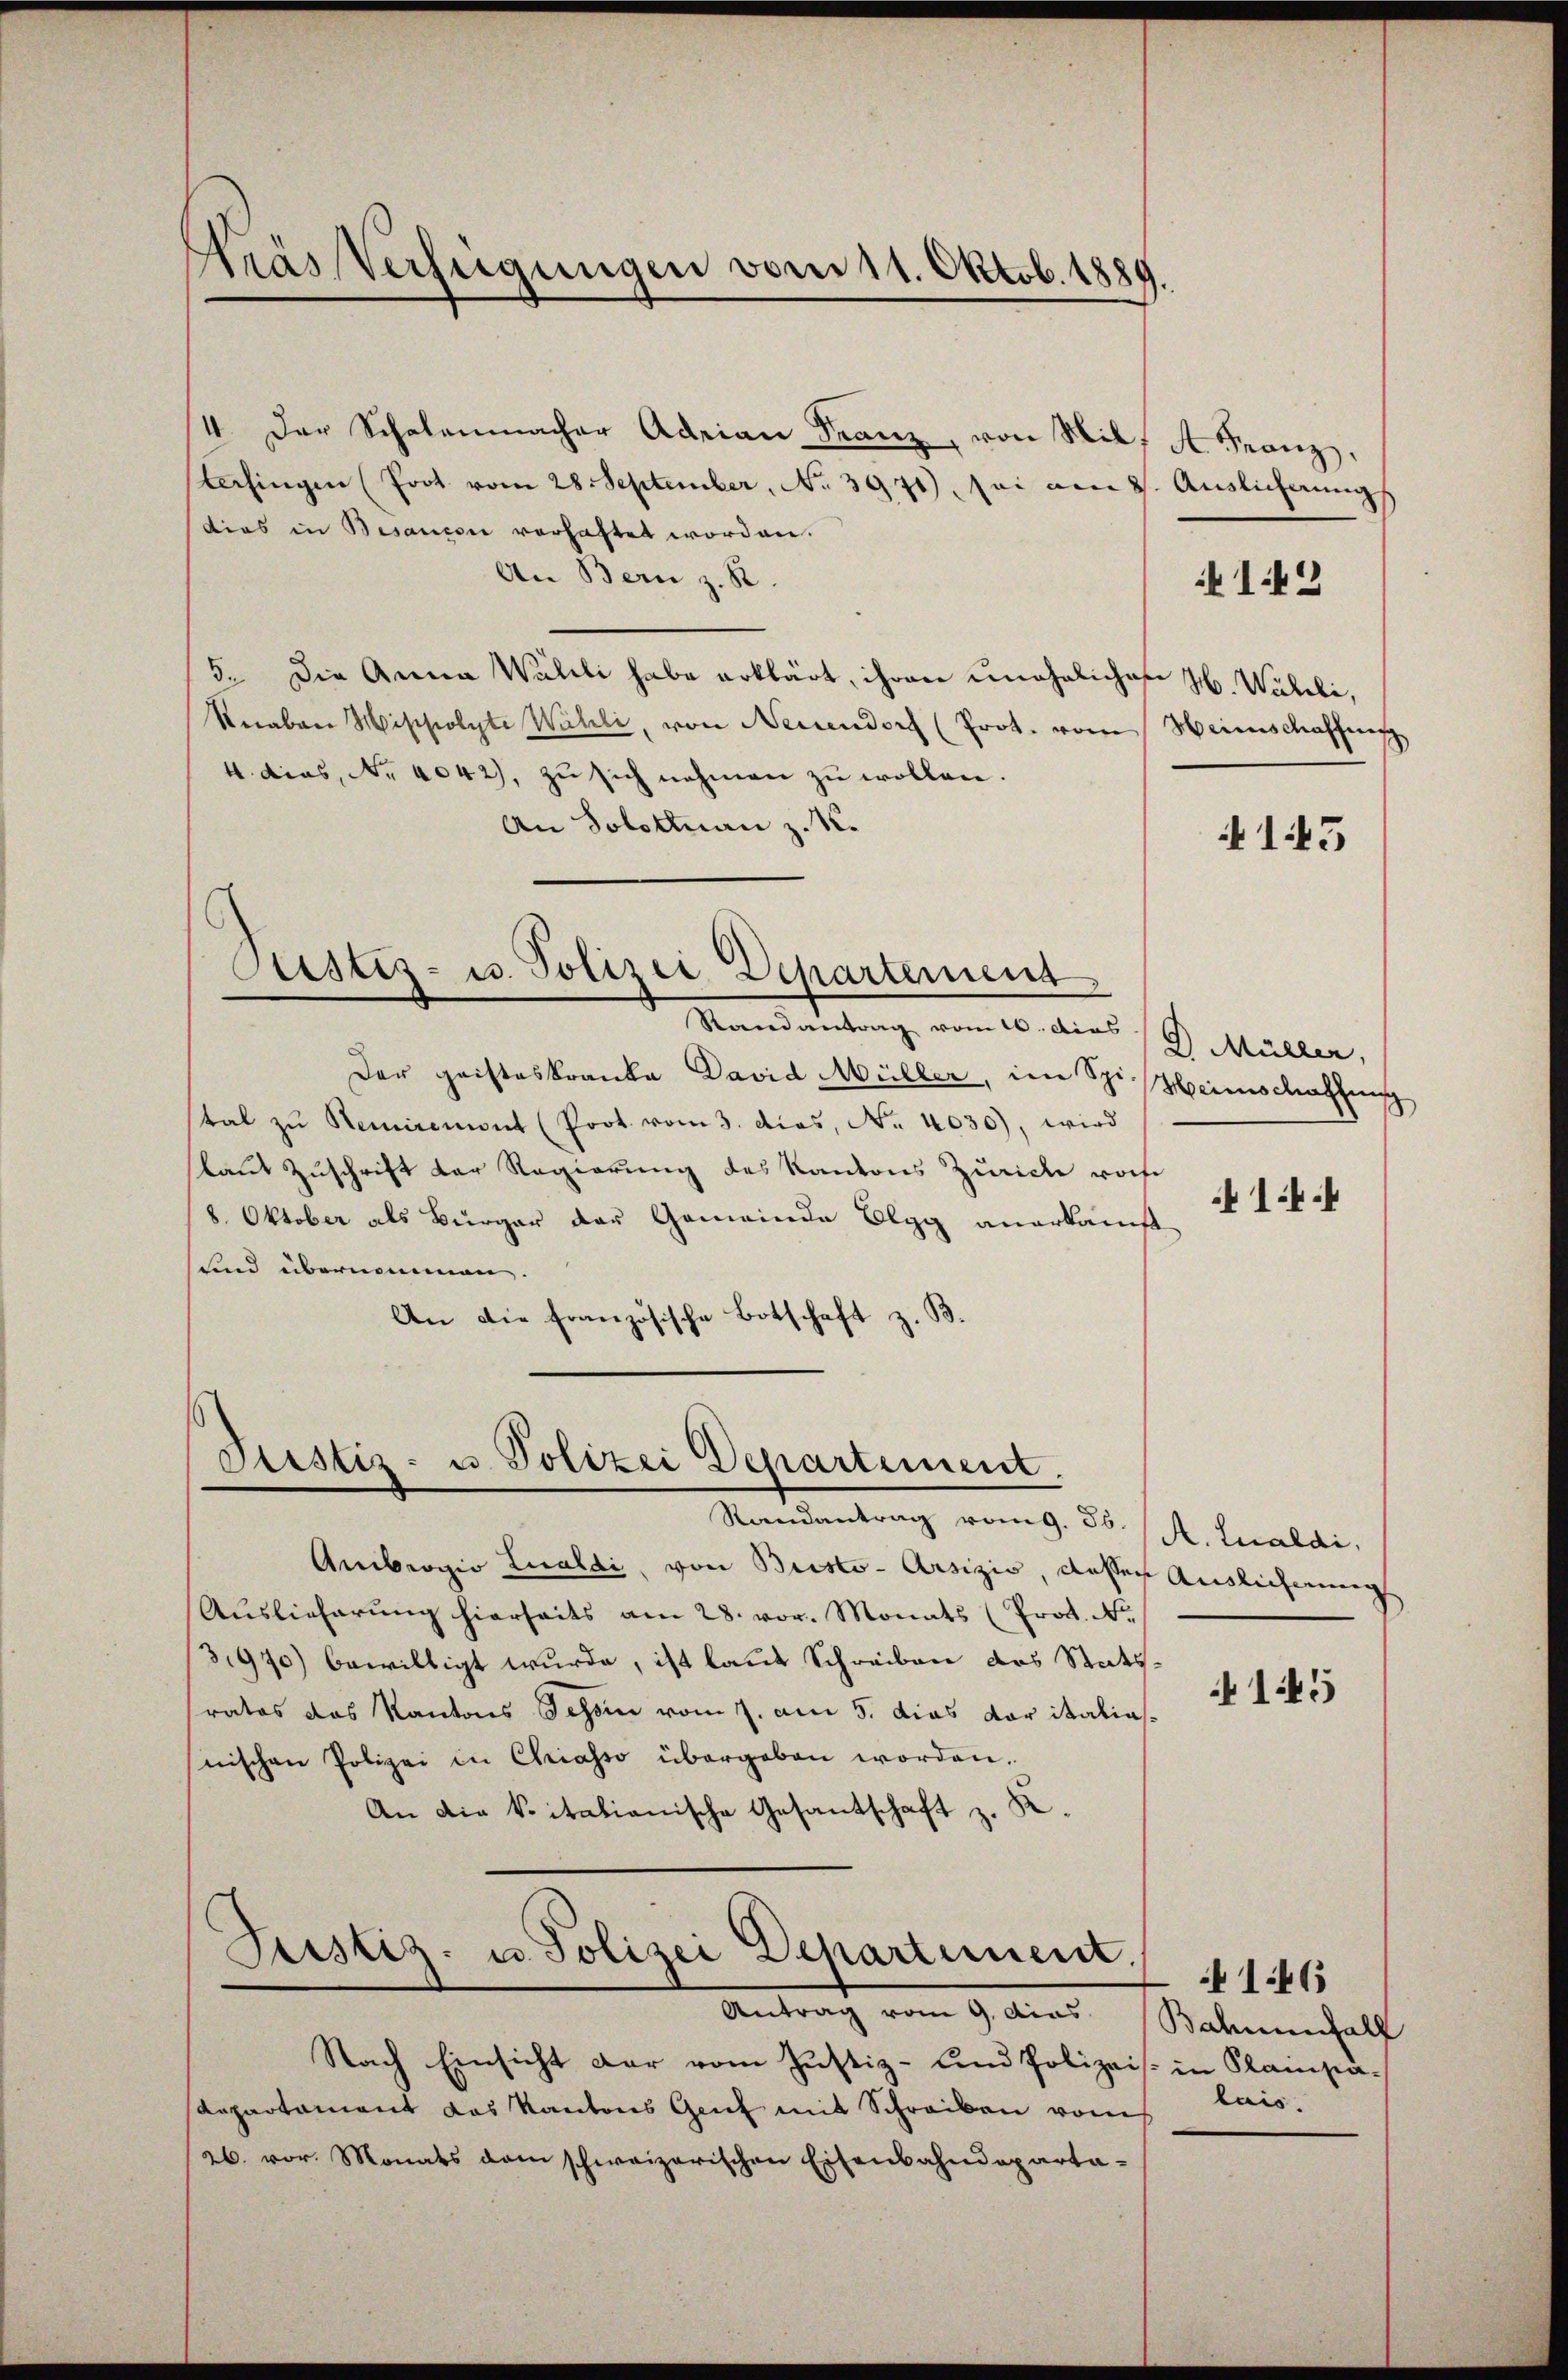
Nrás Verfügungen vom 11. Oktob. 1889.

4. Der Schalenmacher Adrian Franz, von Wil, A. Franz,
Casingen (Prot vom 28. September, No 3941), sei am 8. Auslicherungs
dias in Besanesi vorhaftet worden.
An Bern z. R.
5. Die Anna Walli habe erklärt, ihren unehelichen H. Wähli,
Rnaben Mippolyte Walli, von Neuendorf (Prot. vom Heimschaffnis
4. dies, No 4042), zu sich nehmen zu wollen.
An Solottnau z. R.

Justiz- u. Polizei Departement

Mandartung vom 10. dies 18. Müller,
Der geisteskranke David Müller, im Spi Heimschaffung
tal zŭ Remiremont (Prot. vom 3. dies, No. 4030), wird
laut Zuschrift der Regierung des Kantons Zürich woche
8. Oktober als Bürger der Gemeinde Elgg anerkauft
und übernommen
An die französische Botschaft z. B.

Sistiz- u. Polizei Departement.

Standentrag vom 9. d. 1. k. Kanaldi
Ambrogio Lualdi, von Bristo-Arsizio, dasser Auslicherung
Auslieferung hierseits am 28. vor. Monats (Prot. No.
31970) bewilligt wurde, ist laut Schreiben das Stattratos das Kantons Schön vom 2. am 5. dies vor italiasnischen Polizei in Chiasso übergeben worden.
An die vitationische Gesantschaft z. K.

Justiz- u. Polizei Departement.

Antrag vom 9. dies
Nach Einsicht dar vom Justiz- und Polizeis. in Plainpa¬
Repartament das Kantons Genf mit Schreiben vom
26. vor. Monats dem schweizerischen Eisenbahndeparta-

142

143

14.4

145

Balmenfall
lais.

146